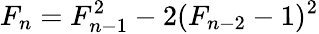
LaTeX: F_{n}=F_{n-1}^{2}-2(F_{n-2}-1)^{2}